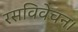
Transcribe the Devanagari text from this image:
रसविवेचन।